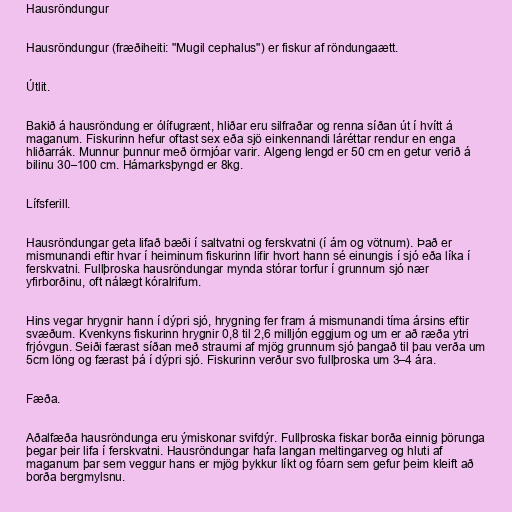
Hausröndungur

Hausröndungur (fræðiheiti: "Mugil cephalus") er fiskur af röndungaætt.

Útlit.

Bakið á hausröndung er ólífugrænt, hliðar eru silfraðar og renna síðan út í hvítt á
maganum. Fiskurinn hefur oftast sex eða sjö einkennandi láréttar rendur en enga
hliðarrák. Munnur þunnur með örmjóar varir. Algeng lengd er 50 cm en getur verið á
bilinu 30–100 cm. Hámarksþyngd er 8kg.

Lífsferill.

Hausröndungar geta lifað bæði í saltvatni og ferskvatni (í ám og vötnum). Það er
mismunandi eftir hvar í heiminum fiskurinn lifir hvort hann sé einungis í sjó eða líka í
ferskvatni. Fullþroska hausröndungar mynda stórar torfur í grunnum sjó nær
yfirborðinu, oft nálægt kóralrifum.

Hins vegar hrygnir hann í dýpri sjó, hrygning fer fram á mismunandi tíma ársins eftir
svæðum. Kvenkyns fiskurinn hrygnir 0,8 til 2,6 milljón eggjum og um er að ræða ytri
frjóvgun. Seiði færast síðan með straumi af mjög grunnum sjó þangað til þau verða um
5cm löng og færast þá í dýpri sjó. Fiskurinn verður svo fullþroska um 3–4 ára.

Fæða.

Aðalfæða hausröndunga eru ýmiskonar svifdýr. Fullþroska fiskar borða einnig þörunga
þegar þeir lifa í ferskvatni. Hausröndungar hafa langan meltingarveg og hluti af
maganum þar sem veggur hans er mjög þykkur líkt og fóarn sem gefur þeim kleift að
borða bergmylsnu.